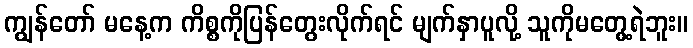
ကျွန်တော် မနေ့က ကိစ္စကိုပြန်တွေးလိုက်ရင် မျက်နှာပူလို့ သူကိုမတွေ့ရဲဘူး။